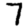
Digit: 7